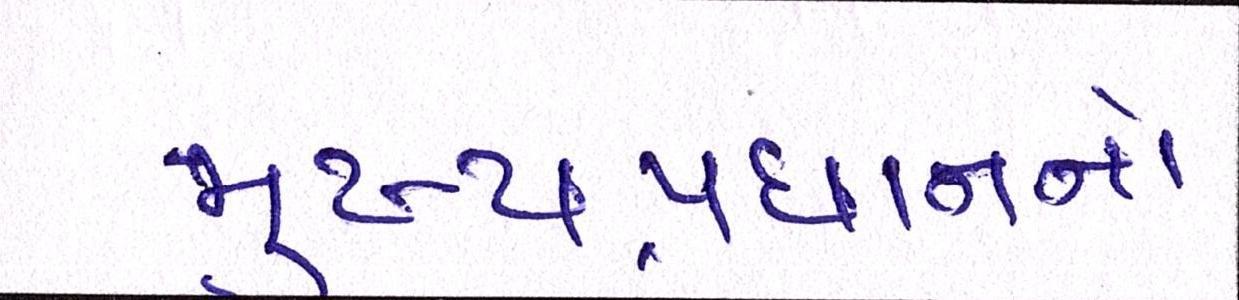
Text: મુખ્યપ્રધાનનો